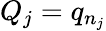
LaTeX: Q_{j}=q_{n_{j}}